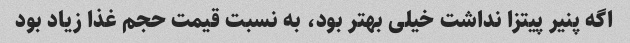
اگه پنیر پیتزا نداشت خیلی بهتر بود، به نسبت قیمت حجم غذا زیاد بود